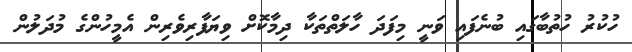
ހުކުރު ހުތުބާގައި ބުނެފައި ވަނީ މިފަދަ ހާލަތްތަކާ ދިމާކޮށް ވިޔަފާރިވެރިން އެމީހުންގެ މުދަލުން